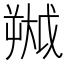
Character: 𫯷